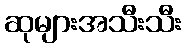
ဆုများအသီးသီး